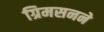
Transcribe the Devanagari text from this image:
ग्रिमसनने